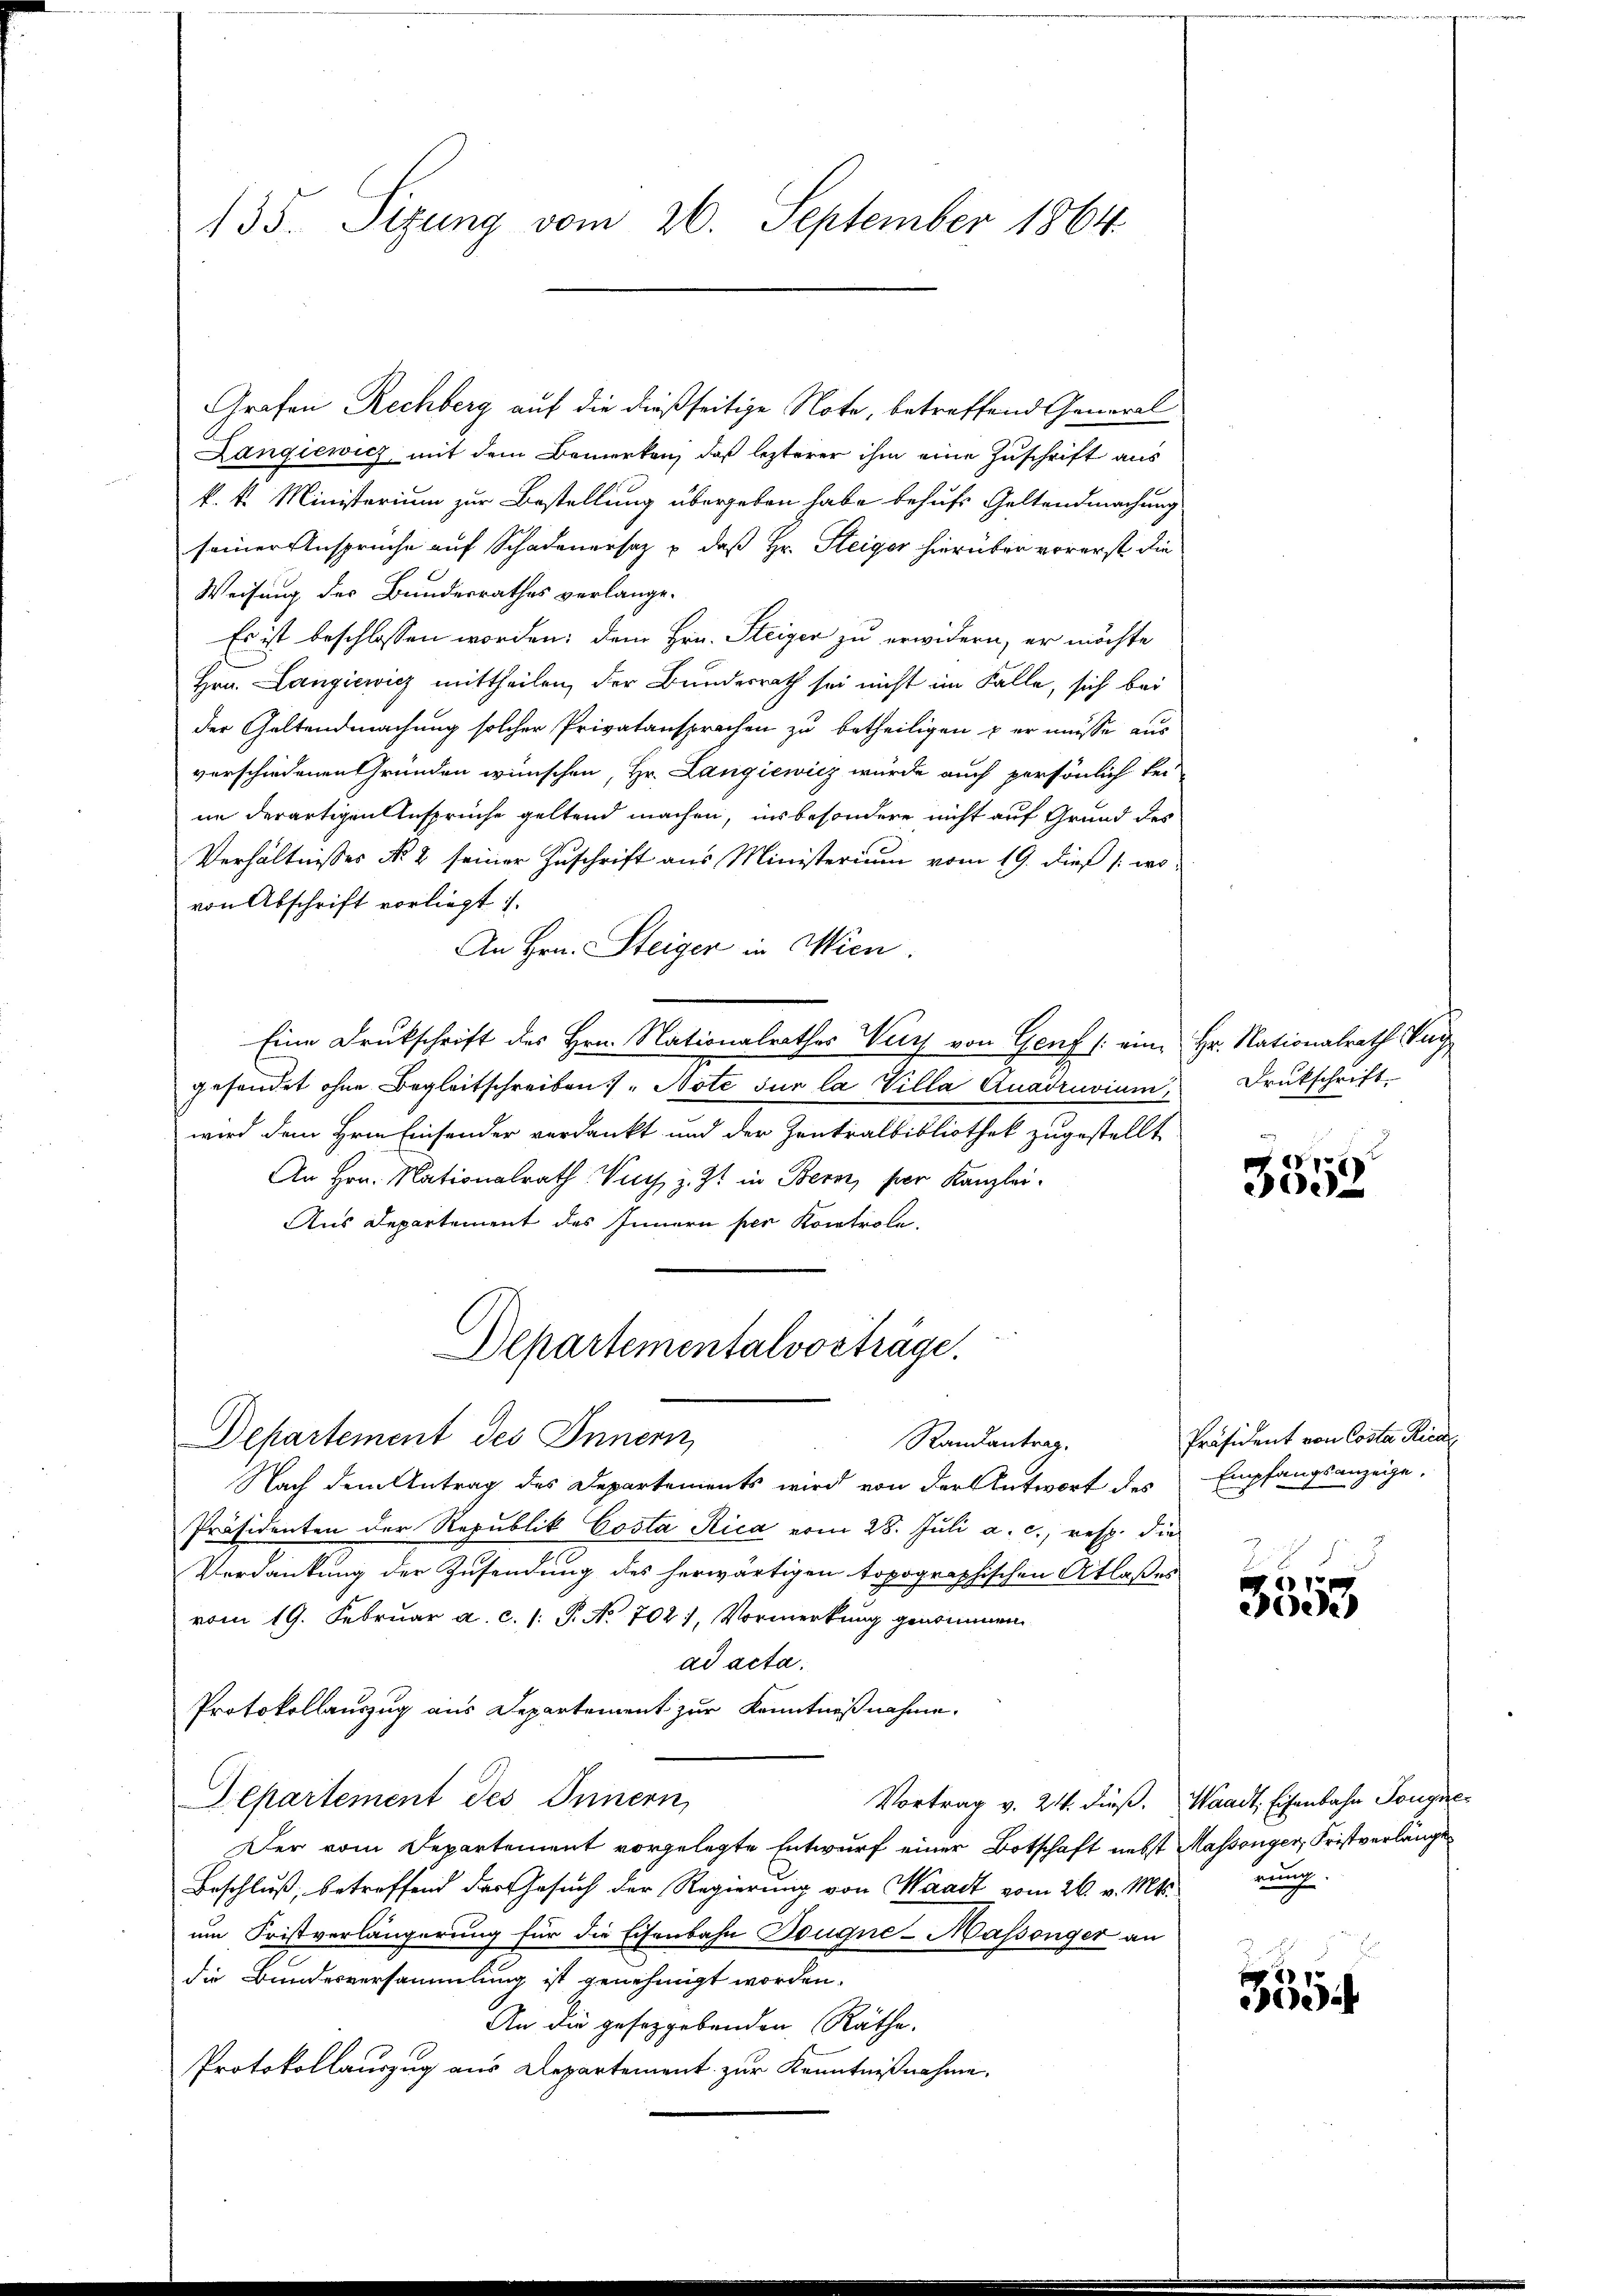
135. Sizung vom 26. September 1864.

Langiewich mit dem Bemerken, daß lezterer ihm eine Zuschrift aus
k. k. Ministerium zur Bestellung übergeben habe behufs Geltendmachung
seiner Ansprüche auf Schadenersaz & daß Hr. Steiger hierüber vorerst die
Weisung des Bundesrathes verlange.
Es ist beschlossen worden; dem Hrn. Steigen zu erwidern, er möchte
Hrn. Langiewicz mittheilen, der Bundesrath sei nicht im Falle, sich bei
der Geltendmachung solcher Privatansprachen zu betheiligen & er müsse aus
verschiedenen Gründen wünschen, Hr. Langiewicz würde auch persönlich bei-
in derartigen Ansprüche geltend machen, ins besondere nicht auf Grund des
Verhältnisses No 2 seiner Zuschrift aus Ministerium vom 19. dieß /: wo-
von Abschrift vorliegt.
An Hrn. Steiger in Wien.
Eine Drukschrift des Hrn. Nationalrathes Wer von Genf (: ein, Hr. Nationalrath Vag
gefandet ohne Begleitschreiben „Note sur la Villa Quadruvium Drukschrift
wird dem Hrn. Einsender verdankt und der Zentralbibliothek zugestellt
An Hrn. Nationalrath. Such z. Zt. in Bern, per Kanzlei.
Aus Departement des Innern per Kontrole.
Departementalvorträge.
Departement des Innern
Randantrag.
Nach dem Antrag des Departements wird von der Antwort des
Präsidenten der Republik Costa Rica vom 28. Juli a. c., resp. die
Verdankung der Zusendung des herwärtigen topographischen Atlaßes
vom 19. Februar a. c. (: P. No 702, Vormerkung genommen
ad acta.
Protokollauszug aus Departement zur Kenntnißnahme.
Departement des Innern,
Vortrag v. 24. dieß. Waadt, Eisenbahn Tongue
Der vom Departement vorgelegte Entwurf einer Botschaft nebst Massenger, Fristverlänge
Beschluß, betreffend der Gesuch der Regierung von Waadt vom 26. v. Mts.
um Fristverlängerung für die Eisenbahn Dougne- Massenger an
die Bundesversammlung ist genehmigt worden.
An die geseggebenden Räthe.
Protokollauszug aus Departement zur Kenntnißnahme.

Grafen Rechberg auf die dießseitige Note, betreffend General

V
300

Präsident von Costa Ricar
Empfangsanzeige,

3555

nung

17
e